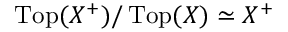
\operatorname { T o p } ( X ^ { + } ) / \operatorname { T o p } ( X ) \simeq X ^ { + }